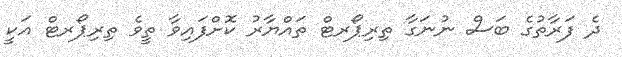
ދެ ފަރާތުގެ ބަސް ނުނަގާ ތިރިޕޯރޓް ތައްޔާރު ކޮށްފައިވާ ތީވެ ތިރިޕޯރޓް އަކީ